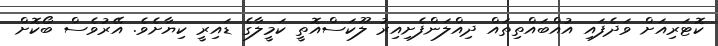
ކޮޓަރިއަށް ވަދެފައި އުއްބައްތިތައް ދިއްލަންފެށިއިރު ލޫކަސްއޮތީ ކަމީލާގެ ޑައިރީ ކިޔާށެވެ. އޭރުވެސް ބޯކޮށް